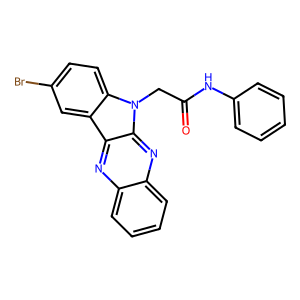
SMILES: O=C(Cn1c2ccc(Br)cc2c2nc3ccccc3nc21)Nc1ccccc1
Inhibits HIV replication: No